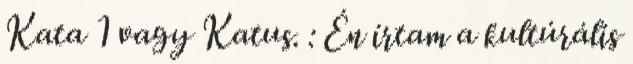
Kata 1 vagy Katus. : Én írtam a kultúrális